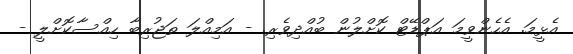
އެޅީމަ. އެހެންވީމަ އަޕްޑޭޓް ކޮށްލުން ބުއްދިވެރި. - އަމިއްލަ ތަޖުރިބާ ހިއްސާކޮށްލީ -